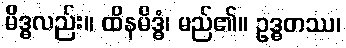
မိဒ္ဓလည်း။ ထိနမိဒ္ဓံ၊ မည်၏။ ဥဒ္ဓတဿ၊